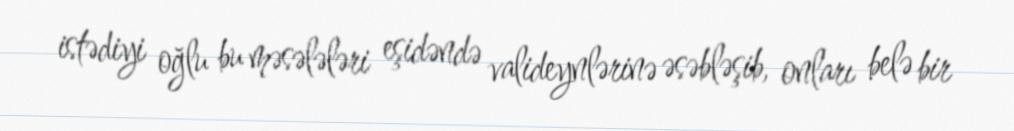
istədiyi oğlu bu məsələləri eşidəndə valideynlərinə əsəbləşib, onları belə bir